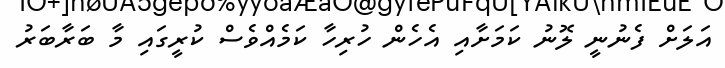
އަލަށް ފެނުނީ ލޮނު ކަމަށާއި އެހެން ހުރިހާ ކަމެއްވެސް ކުރީގައި މާ ބަރާބަރު